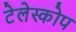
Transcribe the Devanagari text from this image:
टेलेस्कोप